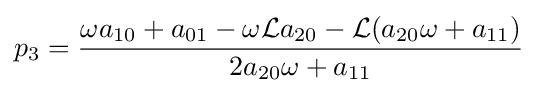
p_{3}={\frac {\omega a_{10}+a_{01}-\omega {\mathcal {L}}a_{20}-{\mathcal {L}}(a_{20}\omega +a_{11})}{2a_{20}\omega +a_{11}}}